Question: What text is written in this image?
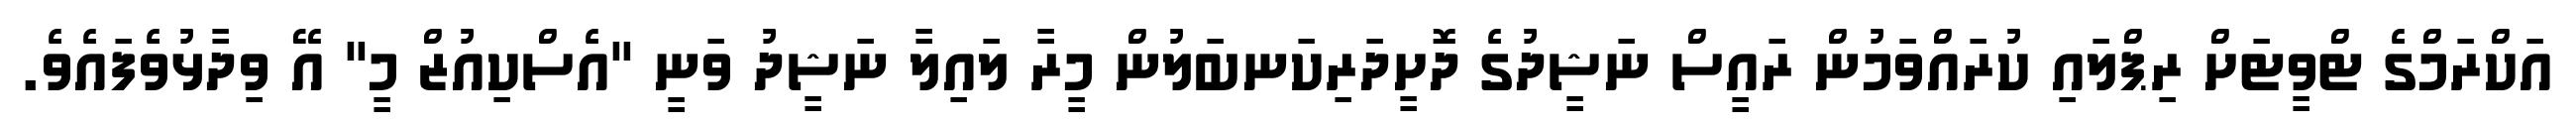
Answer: އަކްރަމްގެ ޓްވީޓަށް ރިޕްލައި ކުރައްވަމުން ރައީސް ނަޝީދުގެ ދޮށީދަރިކަނބަލުން މީރާ ލައިލާ ނަޝީދު ވަނީ "އެސްކިއުޒް މީ" އޭ ވިދާޅުވެފައެވެ.